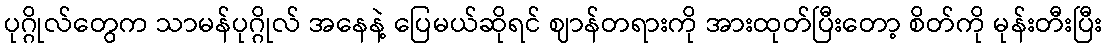
ပုဂ္ဂိုလ်တွေက သာမန်ပုဂ္ဂိုလ် အနေနဲ့ ပြေမယ်ဆိုရင် ဈာန်တရားကို အားထုတ်ပြီးတော့ စိတ်ကို မုန်းတီးပြီး